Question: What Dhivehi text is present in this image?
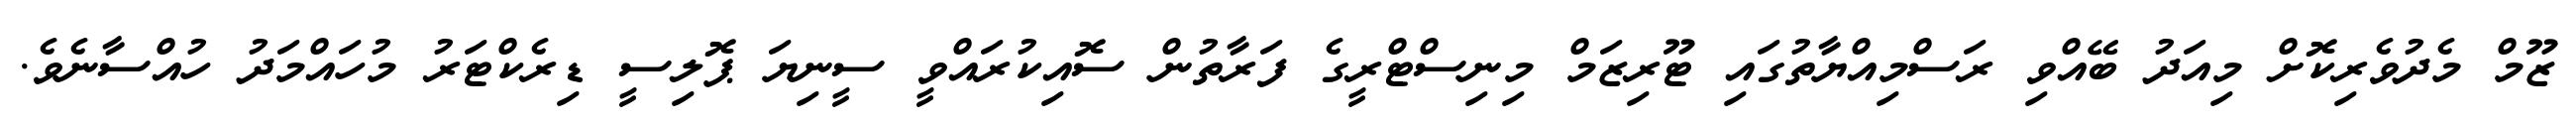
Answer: ޒޫމް މެދުވެރިކޮށް މިއަދު ބޭއްވި ރަސްމިއްޔާތުގައި ޓޫރިޒަމް މިނިސްޓްރީގެ ފަރާތުން ސޮއިކުރައްވީ ސީނިޔަ ޕޮލިސީ ޑިރެކްޓަރު މުހައްމަދު ހުއްސާނެވެ.